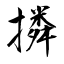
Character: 撛